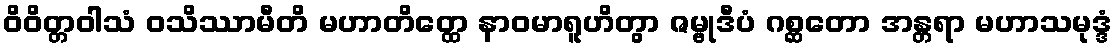
ဝိဝိတ္တဝါသံ ဝသိဿာမီတိ မဟာတိတ္ထေ နာဝမာရူဟိတွာ ဇမ္ဗုဒီပံ ဂစ္ဆတော အန္တရာ မဟာသမုဒ္ဒံ